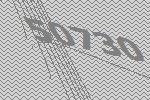
50730